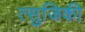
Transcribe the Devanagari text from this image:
त्सुजिकी